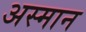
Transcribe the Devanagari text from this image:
अस्मान